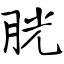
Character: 胱